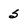
Character: S